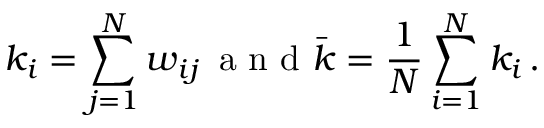
k _ { i } = \sum _ { j = 1 } ^ { N } w _ { i j } \, \mathrm { ~ a ~ n ~ d ~ } \Bar { k } = \frac { 1 } { N } \sum _ { i = 1 } ^ { N } k _ { i } \, .